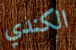
الكندي